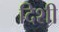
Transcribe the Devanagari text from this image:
दिशी